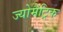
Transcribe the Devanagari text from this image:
ज्योमैट्रिक